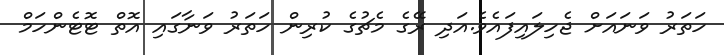
ހަތަރު ވަނައަށް ޖެހިލައިފައެވެ.އަދި ރޭގެ މެޗުގެ ކުރިން ހަތަރު ވަނާގައި އޮތް ޓޮޓެންހަމް